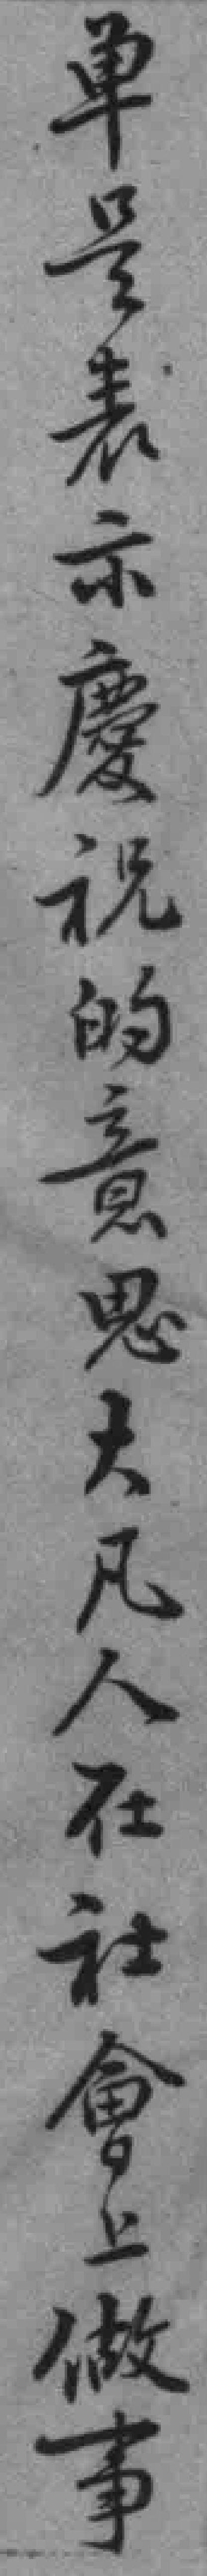
单是表示慶祝的意思大凡人在社會上做事